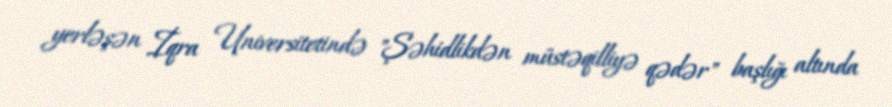
yerləşən İqra Universitetində "Şəhidlikdən müstəqilliyə qədər" başlığı altında